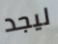
ليجد